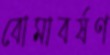
বোমাবর্ষণ